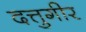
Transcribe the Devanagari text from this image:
दत्तुगीर